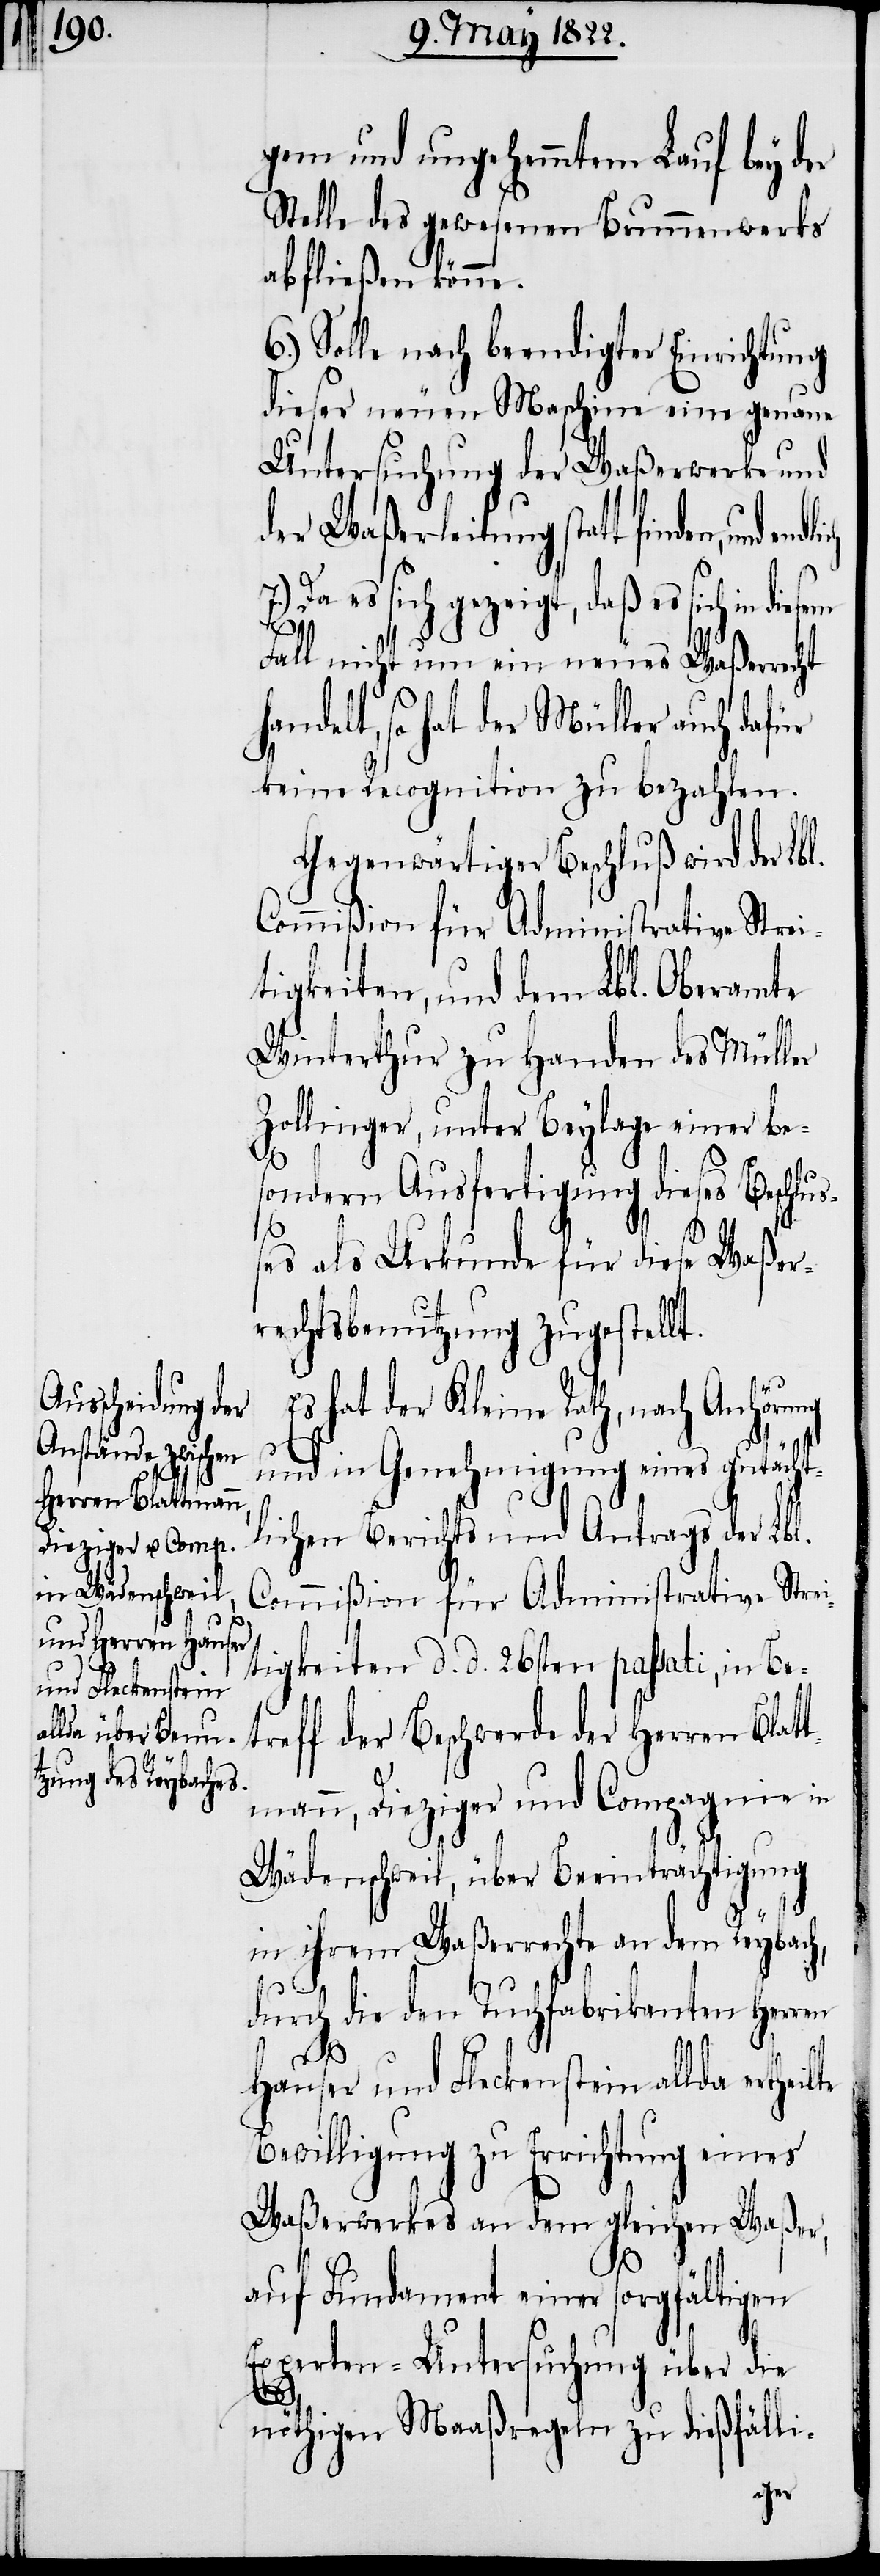
lte

gem und ungehemmtem Lauf bey der
Stelle des gewesenen Brunnenwerks
abfließen könne.
6.) Solle nach beendigter Einrichtung
dieser neuen Maschine eine genaue
Untersuchung der Waßerwerke und
der Waßerleitung statt finden, und
Da es sich gezeigt, daß es sich in
Fall nicht um ein neues Waßerrecht
andelt, so hat der Müller auch dafür
keine Rekognition zu bezahlen.
Gegenwärtiger Beschluß wird der Lb¬
Commißion für Administative Strei¬
tigkeiten, und dem Lbl. Oberamte
Winterthur zu Handen des Müller
Zollinger, unter Beylage einer be¬
7.)
sondern Ausfertigung dieses Beschlu¬
ßes als Urkunde für diese Waßer¬
rechtsbenutzung zugestellt.
Es hat der Kleine Rath, nach Anhörung
und in Genehmigung eines gutächt¬
lichen Berichts und Antrags der Lbl.
Commißion für Administrative Strei¬
tigkeiten d. d. 26sten passati, in Be¬
treff der Beschwerde der Herren Blatt¬
l.
mann, Dieziger und Compagnie in
Wädenschweil, über Beeinträchtigung
in ihrem Waßerrechte an dem Reybach,
h¬
durch die den Tuchfabrikanten Herrn
Hauser und Fleckenstein allda erthei¬
Bewilligung zu Errichtung eines
Waßerwerkes an dem gleichen Waßer,
auf Fundament einer sorgfältigen
Experten-Untersuchung über die
nöthigen Maaßregeln zu dießfälli-